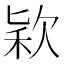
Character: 𣣅